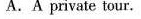
A. A private tour.